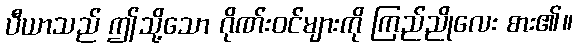
ပီယာသည် ဤသို့သော ဂိုဏ်းဝင်များကို ကြည်ညိုလေး စား၏။